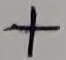
Text: +